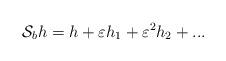
LaTeX: \begin{align*}{\cal S}_b h=h+\varepsilon h_1+\varepsilon^2h_2+...\end{align*}